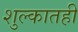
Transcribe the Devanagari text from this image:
शुल्कातही